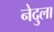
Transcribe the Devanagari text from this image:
नेदुला